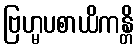
ဗြဟ္မပစာယိကန္တိ